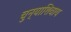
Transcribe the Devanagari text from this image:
चुन्याशिवाय